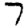
Digit: 7